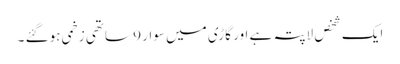
ایک شخص لاپتہ ہے اور گاڑی میں سوار 9 ساتھی زخمی ہوگئے ۔